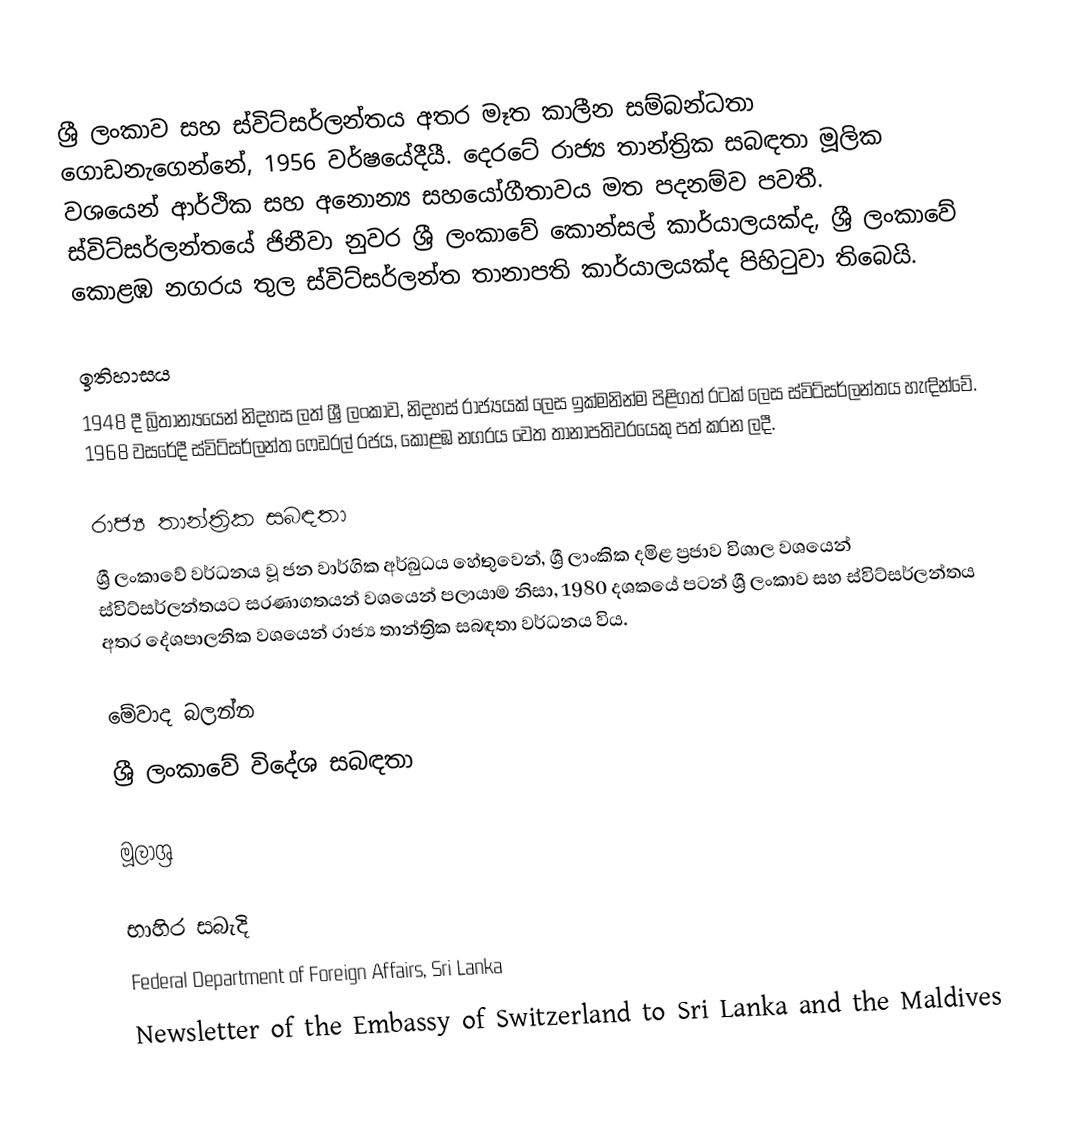
ශ්‍රී ලංකාව සහ ස්විට්සර්ලන්තය අතර මෑත කාලීන සම්බන්ධතා ගොඩනැගෙන්නේ, 1956 වර්ෂයේදීයී. දෙරටේ රාජ්‍ය තාන්ත්‍රික සබඳතා මූලික වශයෙන් ආර්ථික සහ අනොන්‍ය සහයෝගීතාවය මත පදනම්ව පවතී. ස්විට්සර්ලන්තයේ ජිනීවා නුවර ශ්‍රී ලංකාවේ කොන්සල් කාර්යාලයක්ද, ශ්‍රී ලංකාවේ  කොළඹ නගරය තුල ස්විට්සර්ලන්ත තානාපති කාර්යාලයක්ද පිහිටුවා තිබෙයි.

ඉතිහාසය
1948 දී බ්‍රිතාන්‍යයෙන් නිදහස ලත් ශ්‍රී ලංකාව, නිදහස් රාජ්‍යයක් ලෙස ඉක්මනින්ම පිළිගත් රටක් ලෙස ස්විට්සර්ලන්තය හැඳින්වේ. 1968 වසරේදී ස්විට්සර්ලන්ත ෆෙඩරල් රජය, කොළඹ නගරය වෙත තානාපතිවරයෙකු පත් කරන ලදී.

රාජ්‍ය තාන්ත්‍රික සබඳතා
ශ්‍රී ලංකාවේ වර්ධනය වූ ජන වාර්ගික අර්බුධය හේතුවෙන්, ශ්‍රී ලාංකික දමිළ ප්‍රජාව විශාල වශයෙන් ස්විට්සර්ලන්තයට සරණාගතයන් වශයෙන් පලායාම නිසා, 1980 දශකයේ පටන් ශ්‍රී ලංකාව සහ ස්විට්සර්ලන්තය අතර දේශපාලනික වශයෙන් රාජ්‍ය තාන්ත්‍රික සබඳතා වර්ධනය විය.

මේවාද බලන්න
ශ්‍රී ලංකාවේ විදේශ සබඳතා

මූලාශ්‍ර

භාහිර සබැදි
 Federal Department of Foreign Affairs, Sri Lanka
 Newsletter of the Embassy of Switzerland to Sri Lanka and the Maldives